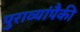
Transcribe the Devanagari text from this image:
पुराव्यांपैकी